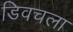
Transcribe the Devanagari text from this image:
डिवचला